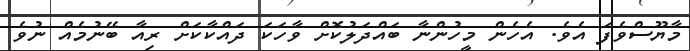
މާޔޫސްވެފަ އެވެ. އެހެން މީހުންނާ ބައްދަލުކޮށް ވާހަކަ ދައްކާކަށް ރިއާ ބޭނުމެއް ނުވެ